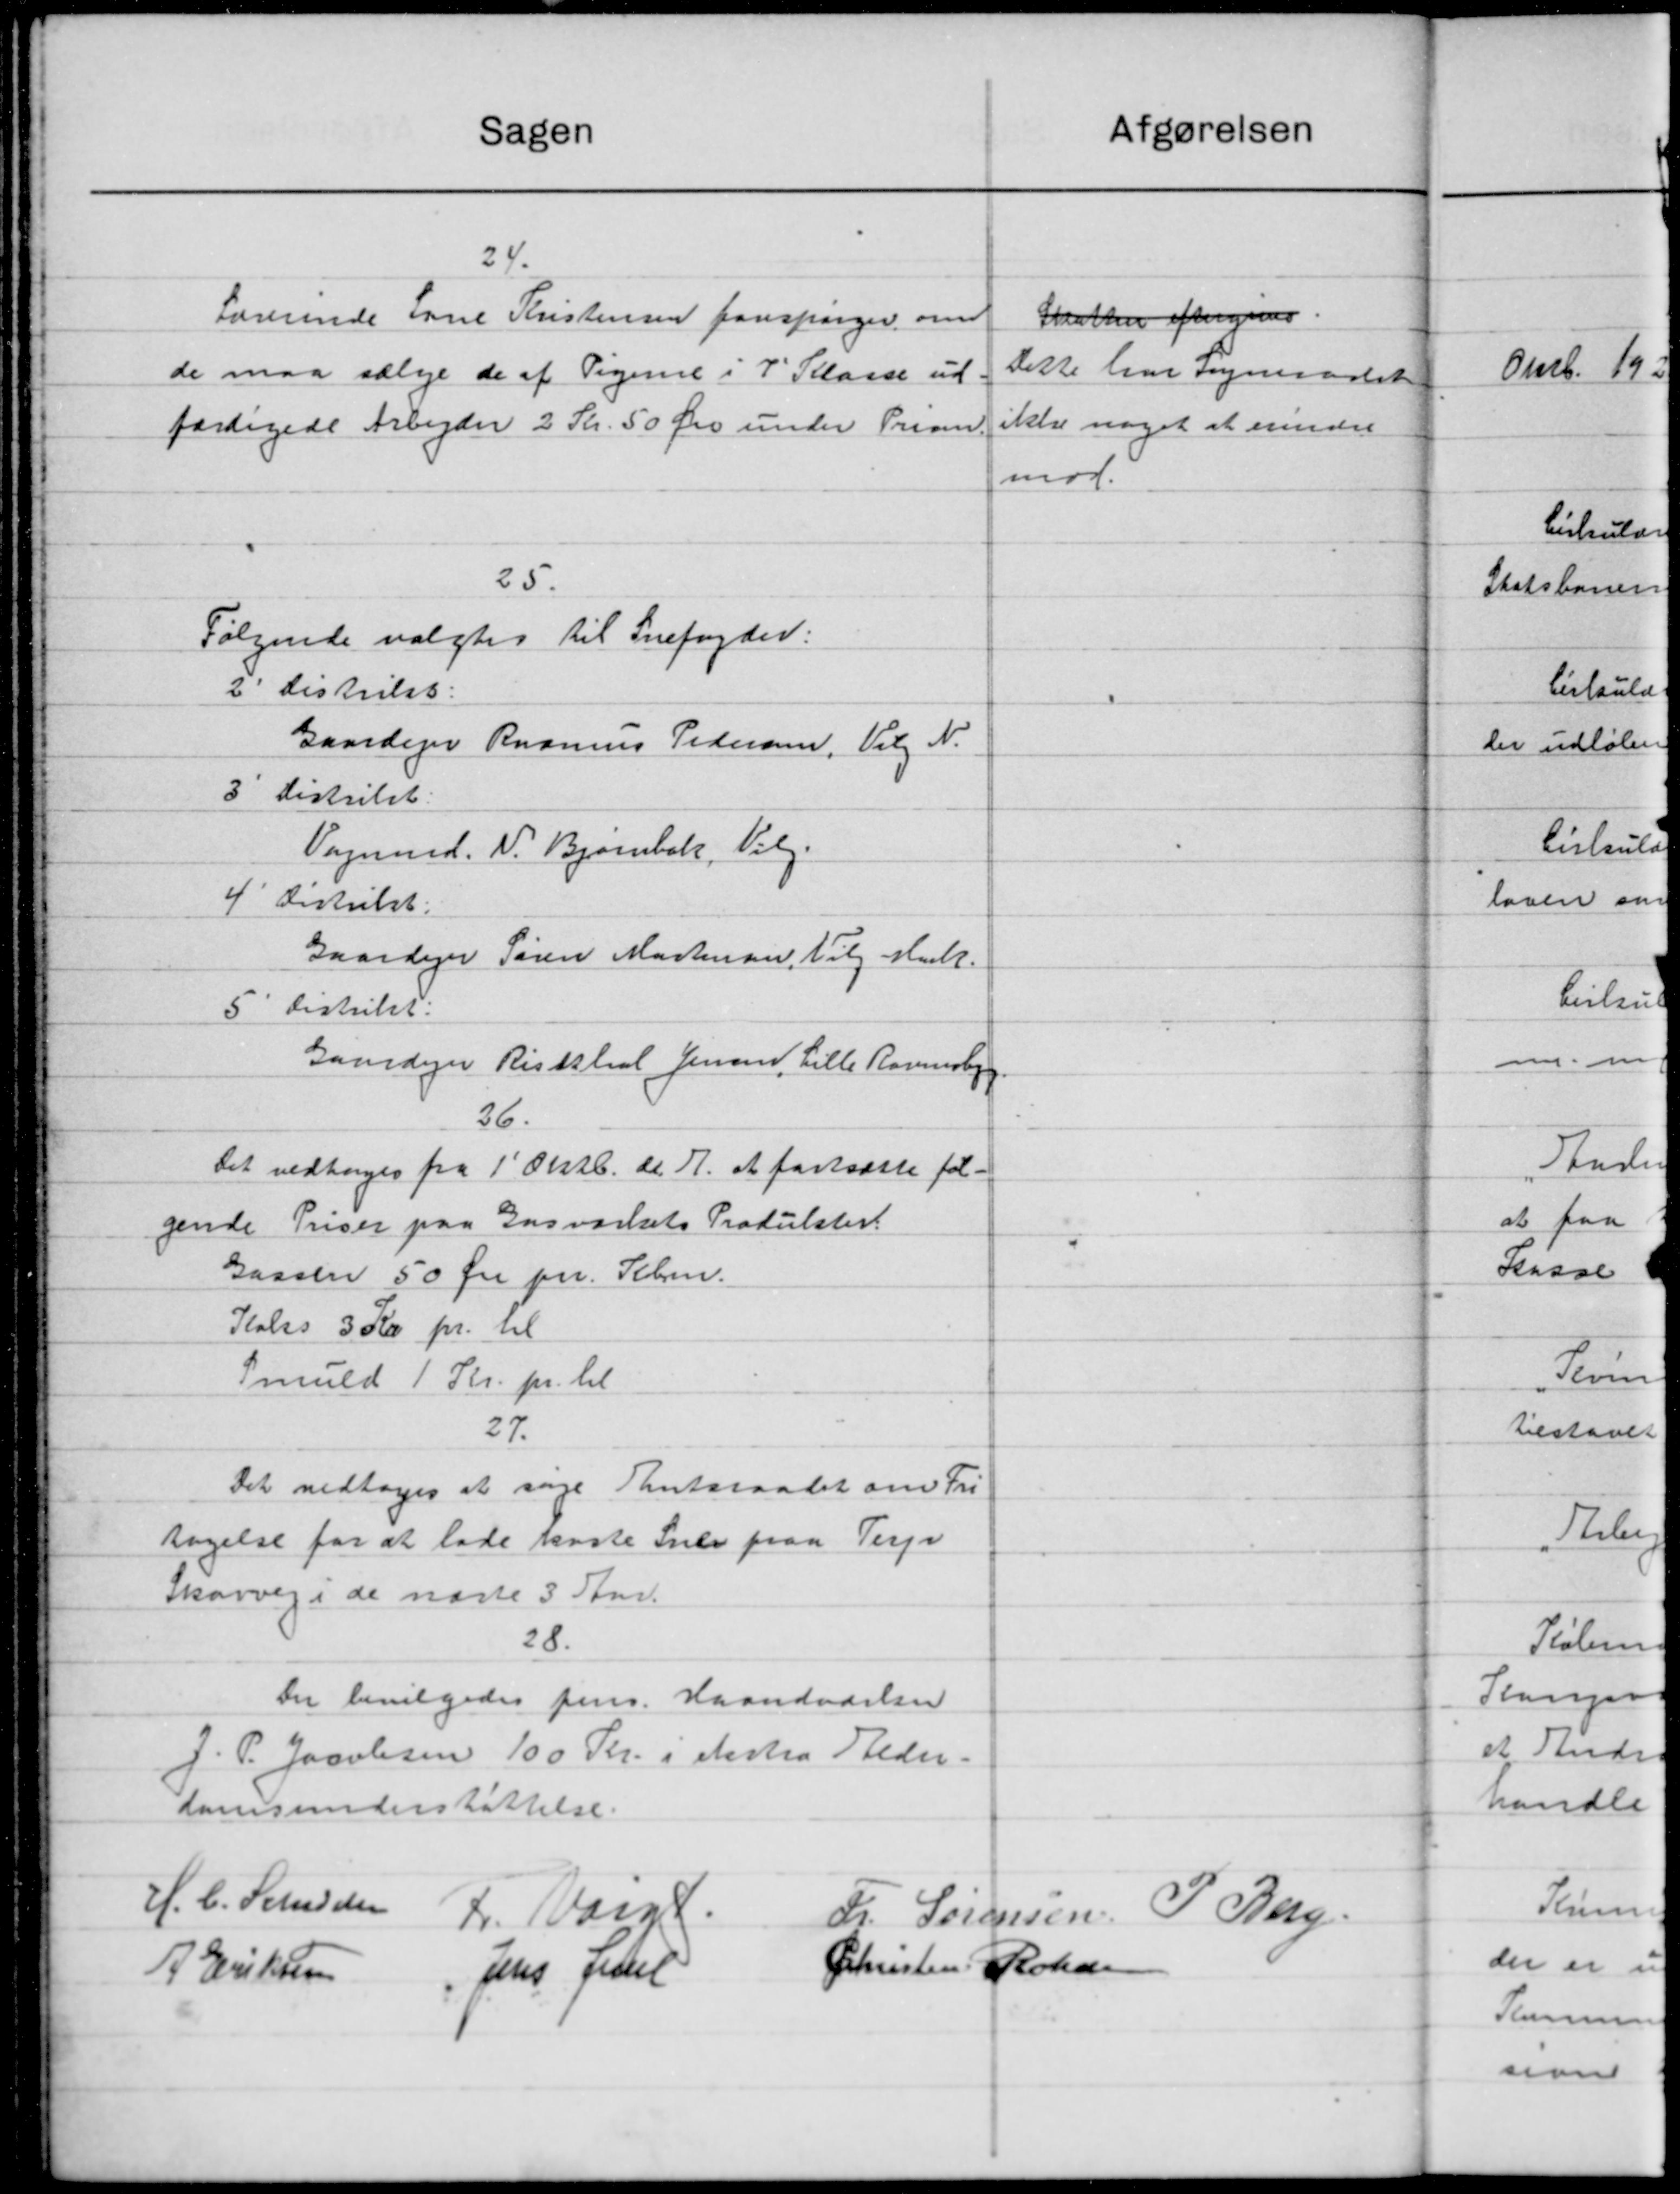
Transskription:
afgørelsen
Sagen
24.
Lærerinde Lone Kristensen forespørger om
Skatten eftergiver.
Dette har sognera
de maa sælge de af Pigene i 7 Plaase ud
ikke noget at erind
færdigede Arbejder 2 Kr. 50 Øre under Prisen
mod.
25.
Følgende valgtes til Snefogder:
2' Distrikt:
Gaardejer Rasmus Pedersen, Vilg N.
3 Distrikt
Vognmd. N. Bjørnbæk, Vilg.
4' Distrikt:
Gaardejer Søren Mortensen, Vil Mark.
5' Distrikt:
Gaardejer Risthal Jensen, Lille Rasmusbyg
36
Det vedtoges fra 1´ Oktb. d. A. at fastsætte fol.
gende Priser paa Gasværkets Prokulster.
Gaasen 50 Øre pr. Seben.
Kales 3 Kr pr. til
Smuld 1 Kr. pr. til
27.
Det vedtoges at søge Amtsraadet om Fri
tagelse for at lade koste Sner paa Terpr
Skovvej i de næste 3 Stk.
28.
Der bevilgedes Jens Haandaarlsen
J. P. Jacobsen 100 Kr. i Testra Heder-
domsunderstøttelse.
H. C. Schiøden
Fr. Sørensen P. Berg
L. Vand
Christen Rohde
A Eriksen Jens Juel